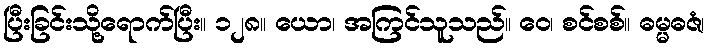
ပြီးခြင်းသို့ရောက်ပြီး။ ၁၂၈။ ယော၊ အကြင်သူသည်။ ဝေ၊ စင်စစ်။ ဓမ္မဓဇံ၊